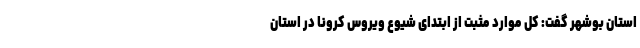
استان بوشهر گفت: کل موارد مثبت از ابتدای شیوع ویروس کرونا در استان